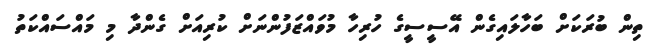
ތިން ބުރަކަށް ބަހާލައިގެން އޭސީސީގެ ހުރިހާ މުވައްޒަފުންނަށް ކުރިއަށް ގެންދާ މި މައްސައްކަތު